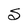
Character: S